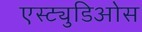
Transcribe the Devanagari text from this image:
एस्ट्युडिओस